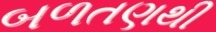
બળતણથી